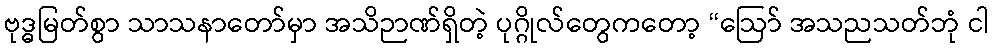
ဗုဒ္ဓမြတ်စွာ သာသနာတော်မှာ အသိဉာဏ်ရှိတဲ့ ပုဂ္ဂိုလ်တွေကတော့ “ဩော် အသညသတ်ဘုံ ငါ